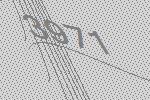
3971